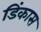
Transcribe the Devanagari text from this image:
डिंकास